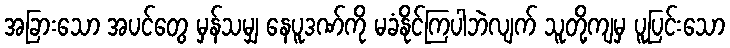
အခြားသော အပင်တွေ မှန်သမျှ နေပူဒဏ်ကို မခံနိုင်ကြပါဘဲလျက် သူတို့ကျမှ ပူပြင်းသော